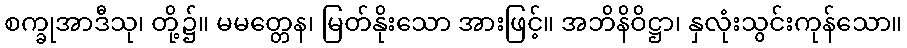
စက္ခုအာဒီသု၊ တို့၌။ မမတ္တေန၊ မြတ်နိုးသော အားဖြင့်။ အဘိနိဝိဋ္ဌာ၊ နှလုံးသွင်းကုန်သော။